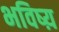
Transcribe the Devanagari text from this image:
भविष्य़